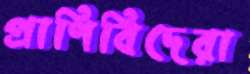
প্রাণিবিদেরা